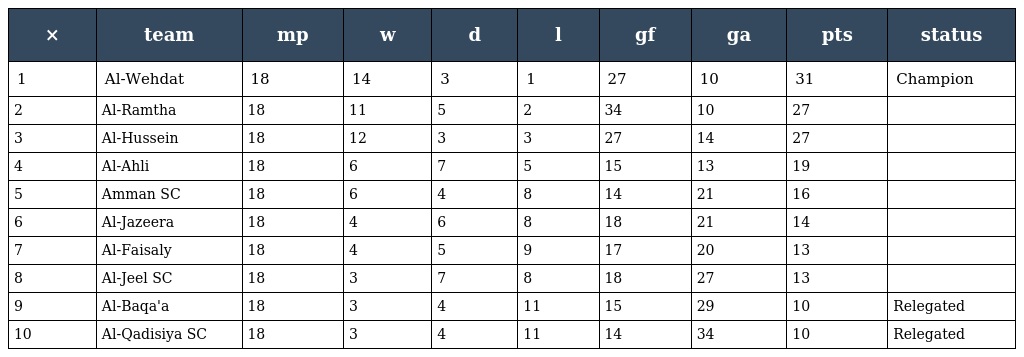
| × | team | mp | w | d | l | gf | ga | pts | status |
 | --- | --- | --- | --- | --- | --- | --- | --- | --- | --- |
 | 1 | Al-Wehdat | 18 | 14 | 3 | 1 | 27 | 10 | 31 | Champion |
 | 2 | Al-Ramtha | 18 | 11 | 5 | 2 | 34 | 10 | 27 |  |
 | 3 | Al-Hussein | 18 | 12 | 3 | 3 | 27 | 14 | 27 |  |
 | 4 | Al-Ahli | 18 | 6 | 7 | 5 | 15 | 13 | 19 |  |
 | 5 | Amman SC | 18 | 6 | 4 | 8 | 14 | 21 | 16 |  |
 | 6 | Al-Jazeera | 18 | 4 | 6 | 8 | 18 | 21 | 14 |  |
 | 7 | Al-Faisaly | 18 | 4 | 5 | 9 | 17 | 20 | 13 |  |
 | 8 | Al-Jeel SC | 18 | 3 | 7 | 8 | 18 | 27 | 13 |  |
 | 9 | Al-Baqa'a | 18 | 3 | 4 | 11 | 15 | 29 | 10 | Relegated |
 | 10 | Al-Qadisiya SC | 18 | 3 | 4 | 11 | 14 | 34 | 10 | Relegated |